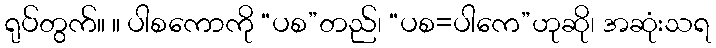
ရုပ်တွက်။ ။ ပါစကောကို “ပစ”တည်၊ “ပစ=ပါကေ”ဟုဆို၊ အဆုံးသရ